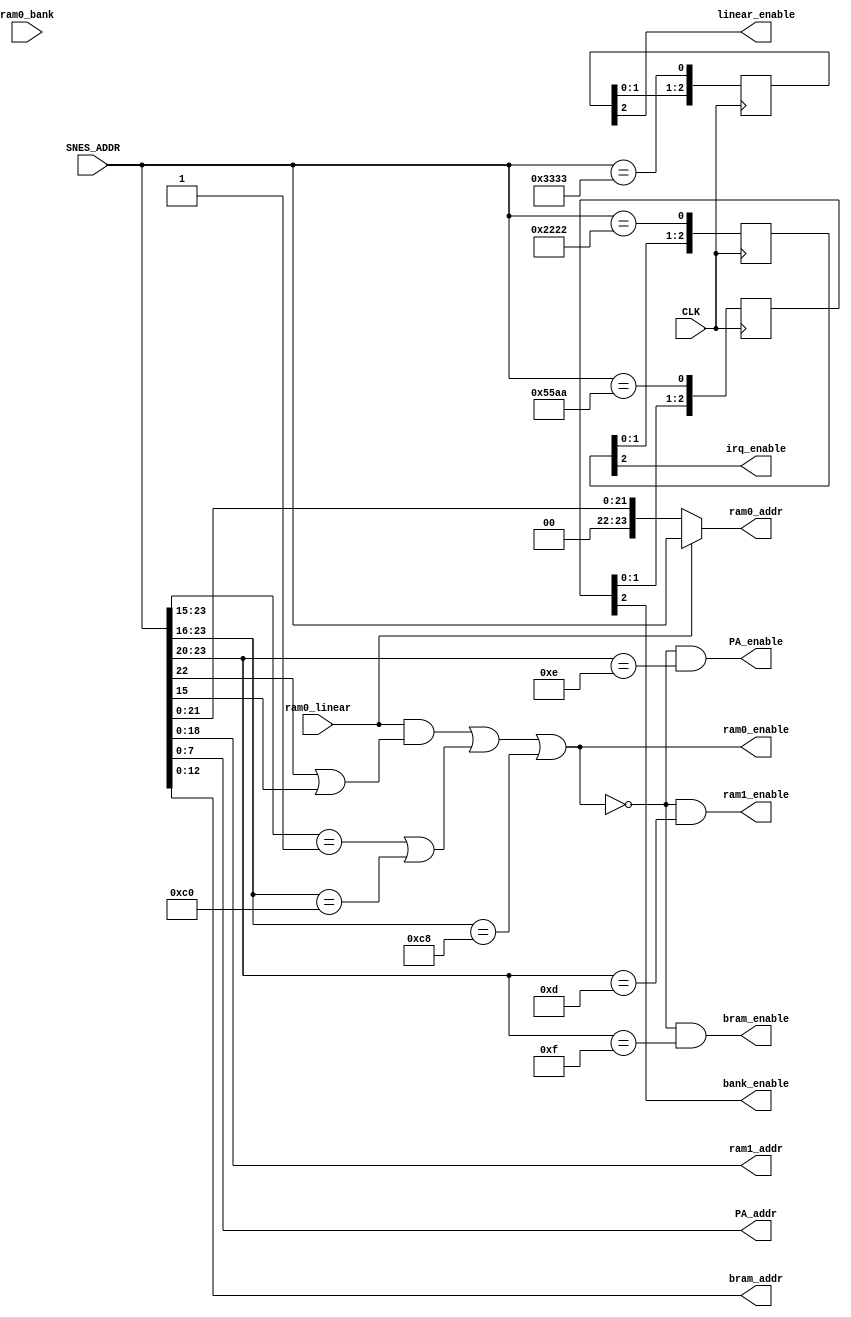
module address(
  input CLK,
  input [23:0] SNES_ADDR,   // requested address from SNES
  output [23:0] ram0_addr,
  output [18:0] ram1_addr,
  output [7:0] PA_addr,
  output [12:0] bram_addr,
  input [7:0] ram0_bank,
  input ram0_linear,
  output ram0_enable,
  output ram1_enable,
  output PA_enable,
  output bram_enable,
  output irq_enable,
  output bank_enable,
  output linear_enable
);

wire [23:0] SRAM_SNES_ADDR;

assign ram0bank0_enable = (SNES_ADDR[23:15] == 9'h001) | (SNES_ADDR[23:16] == 8'hC0);
assign ram0bankx_enable = (SNES_ADDR[23:16] == 8'hC8);
assign ram0linear_enable = ram0_linear & (SNES_ADDR[22] | SNES_ADDR[15]);
assign ram0_enable = ram0linear_enable | ram0bank0_enable | ram0bankx_enable;
assign ram1_enable = ~ram0_enable & (SNES_ADDR[23:20] == 4'hD);
assign PA_enable = ~ram0_enable & (SNES_ADDR[23:20] == 4'hE);
assign bram_enable = ~ram0_enable & (SNES_ADDR[23:20] == 4'hF);
wire bank_enable_ = (SNES_ADDR == 24'h0055AA);
wire irq_enable_ = (SNES_ADDR == 24'h002222);
wire linear_enable_ = (SNES_ADDR == 24'h003333);

reg [2:0] bank_enable_r;
reg [2:0] irq_enable_r;
reg [2:0] linear_enable_r;
always @(posedge CLK) begin
  bank_enable_r <= {bank_enable_r[1:0], bank_enable_};
  irq_enable_r <= {irq_enable_r[1:0], irq_enable_};
  linear_enable_r <= {linear_enable_r[1:0], linear_enable_};
end
assign bank_enable = bank_enable_r[2];
assign irq_enable = irq_enable_r[2];
assign linear_enable = linear_enable_r[2];

assign ram0_addr = ram0_linear ? SNES_ADDR
                 : {2'b00,SNES_ADDR[21:0]};

assign ram1_addr = SNES_ADDR[18:0];

assign PA_addr = SNES_ADDR[7:0];

assign bram_addr = SNES_ADDR[12:0];

endmodule